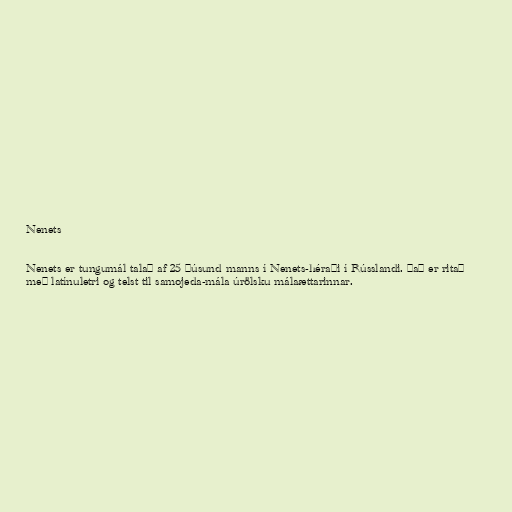
Nenets

Nenets er tungumál talað af 25 þúsund manns í Nenets-héraði í Rússlandi. Það er ritað
með latínuletri og telst til samojeda-mála úrölsku málaættarinnar.